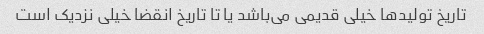
تاریخ تولیدها خیلی قدیمی می‌باشد یا تا تاریخ انقضا خیلی نزدیک است